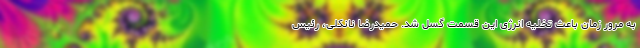
به مرور زمان باعث تخلیه انرژی این قسمت گسل شد. حمیدرضا نانکلی، رئیس